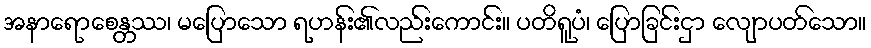
အနာရောစေန္တဿ၊ မပြောသော ရဟန်း၏လည်းကောင်း။ ပတိရူပံ၊ ပြောခြင်းငှာ လျောပတ်သော။